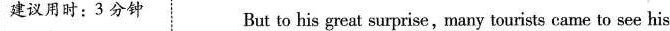
建议用时:3 分钟 But to his great surprise,many tourists came to see his